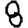
Digit: 8